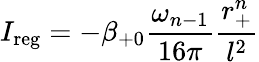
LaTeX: I_{\mathrm{reg}}=-\beta_{+0}\frac{\omega_{n-1}}{16\pi}\frac{r_{+}^{n}}{l^{2}}